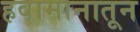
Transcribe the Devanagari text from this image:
हवामानातून